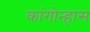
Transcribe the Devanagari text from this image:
कांगोन्हास